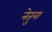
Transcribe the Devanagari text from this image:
नेतुना